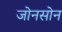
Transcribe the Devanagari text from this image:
जोनसोन